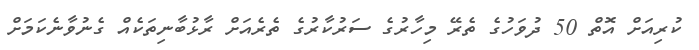
ކުރިއަށް އޮތް 50 ދުވަހުގެ ތެރޭ މިހާރުގެ ސަރުކާރުގެ ތެރެއަށް ރާޅުބާނިތަކެއް ގެނުވާނެކަމަށް